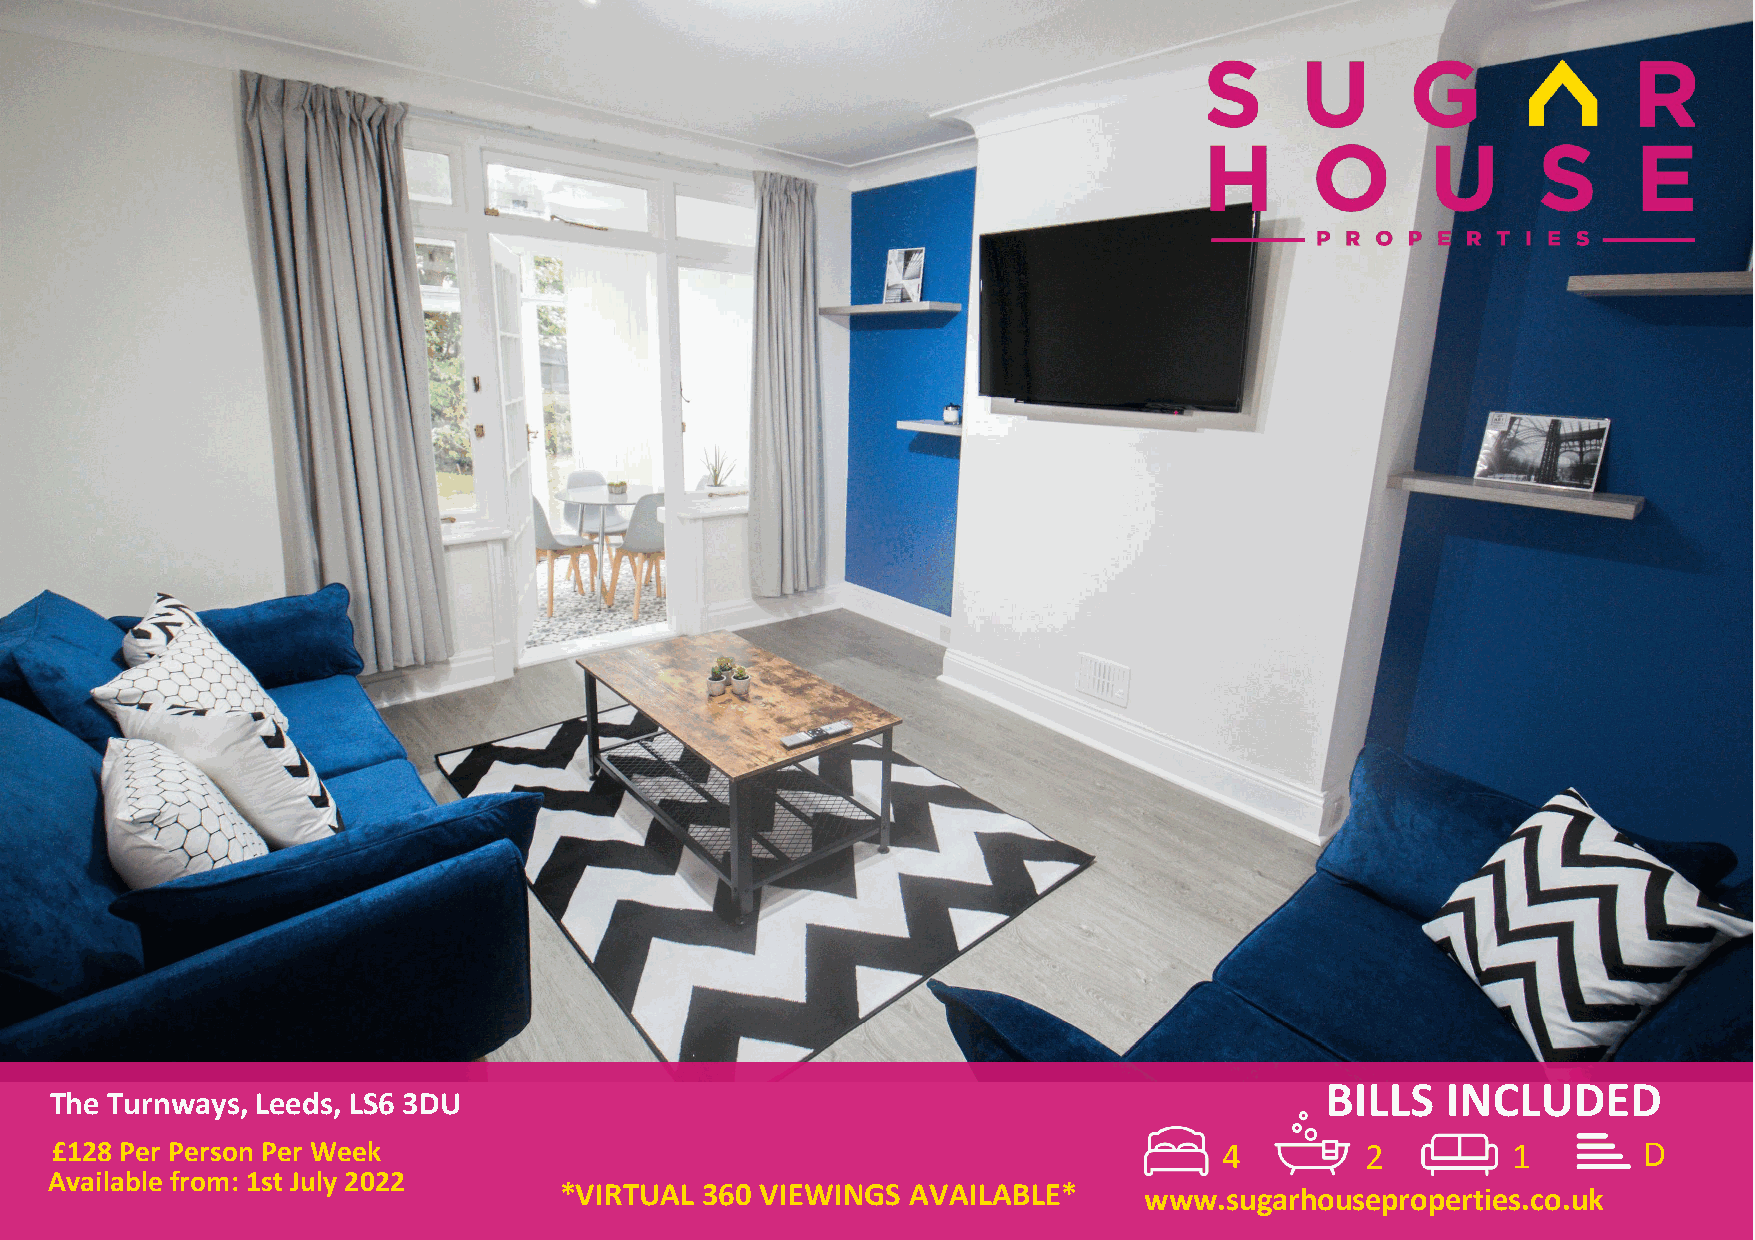
BILLS   INCLUDED
 The Turnways, Leeds, LS6 3DU
 £128 Per Person Per Week                                                      4        2         1        D
 Available from: 1st July 2022
 *VIRTUAL 360 VIEWINGS  AVAILABLE*      www.sugarhouseproperties.co.uk